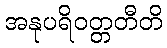
အနုပရိဝတ္တတီတိ